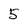
Character: 5